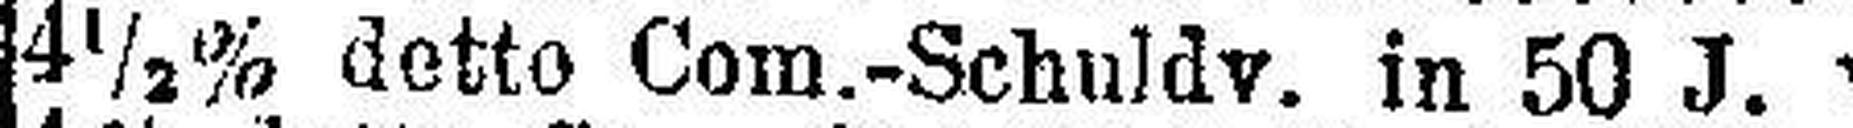
4½% detto Com.-Schuldv. in 50 J. v.